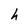
Character: h